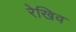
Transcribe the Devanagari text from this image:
रेखिव